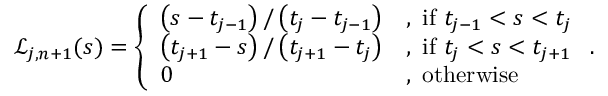
\mathcal { L } _ { j , n + 1 } ( s ) = \left\{ \begin{array} { l l } { \left( s - t _ { j - 1 } \right) / \left( t _ { j } - t _ { j - 1 } \right) } & { , \mathrm { ~ i f ~ } t _ { j - 1 } < s < t _ { j } } \\ { \left( t _ { j + 1 } - s \right) / \left( t _ { j + 1 } - t _ { j } \right) } & { , \mathrm { ~ i f ~ } t _ { j } < s < t _ { j + 1 } } \\ { 0 } & { , \mathrm { ~ o t h e r w i s e ~ } } \end{array} \right. .